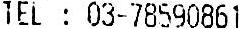
TEL : 03-78590861